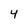
Character: 4